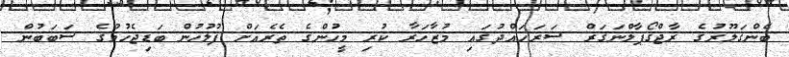
ބެންގަލޫރުގެ ރާޖްގޯޕާލްނަގަރް ސަރަހައްދުގައި މުޒާހަރާ ކުރި މީހުންގެ ތެރެއަށް ފުލުހުން ބަޑިޖެހުމުގެ ސަބަބުން